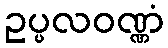
ဥပ္ပလဝဏ္ဏံ